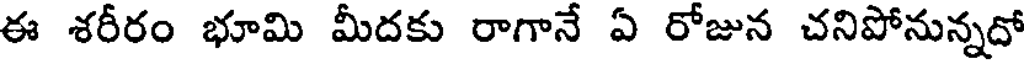
ఈ శరీరం భూమి మీదకు రాగానే ఏ రోజున చనిపోనున్నదో